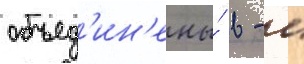
объед'ин'ены́ в - с